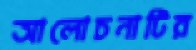
আলোচনাটির